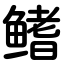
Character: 鳍